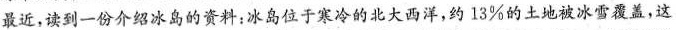
最近，读到一份介绍冰岛的资料：冰岛位于寒冷的北大西洋，约13%的土地被冰雪覆盖，这